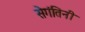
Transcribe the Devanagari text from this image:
सेगंतिनी